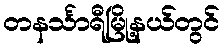
တနင်္သာရီမြို့နယ်တွင်